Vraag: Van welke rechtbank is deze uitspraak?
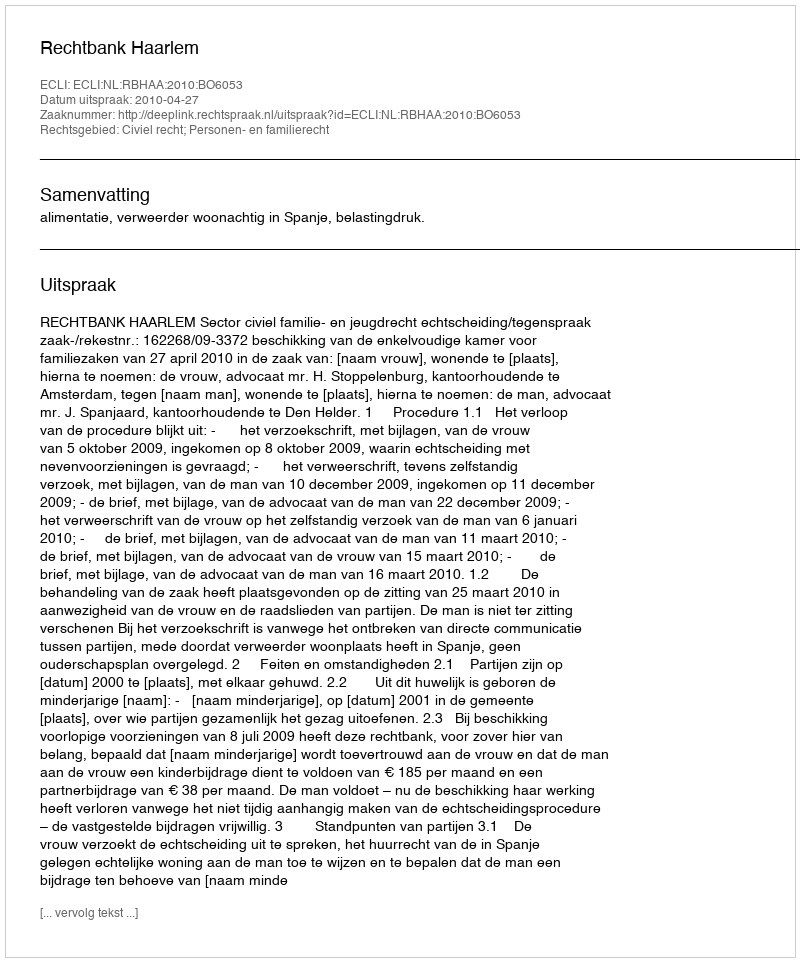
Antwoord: Rechtbank Haarlem